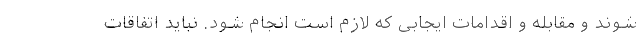
شوند و مقابله و اقدامات ایجابی که لازم است انجام شود. نباید اتفاقات